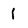
Character: 1